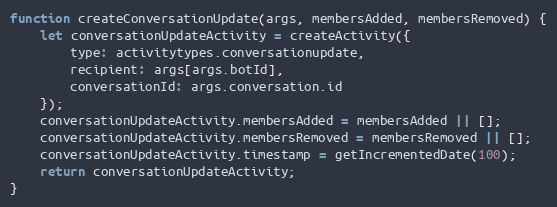
Language: JavaScript
function createConversationUpdate(args, membersAdded, membersRemoved) {
    let conversationUpdateActivity = createActivity({
        type: activitytypes.conversationupdate,
        recipient: args[args.botId],
        conversationId: args.conversation.id
    });
    conversationUpdateActivity.membersAdded = membersAdded || [];
    conversationUpdateActivity.membersRemoved = membersRemoved || [];
    conversationUpdateActivity.timestamp = getIncrementedDate(100);
    return conversationUpdateActivity;
}